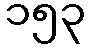
၁၅၃